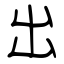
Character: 出